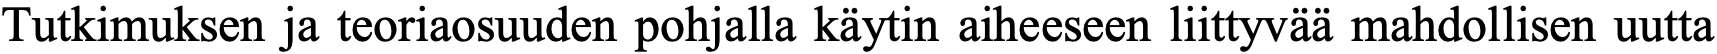
Tutkimuksen ja teoriaosuuden pohjalla käytin aiheeseen liittyvää mahdollisen uutta